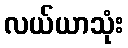
လယ်ယာသုံး